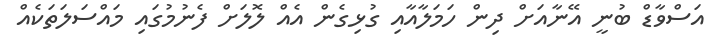
އަސްވާޑް ބުނީ އޭނާއަށް ދިން ހަމަލާއާއި ގުޅިގެން އެއް ލޮލަށް ފެނުމުގައި މައްސަލަތަކެއް